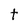
Character: t